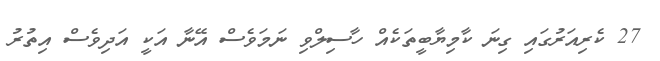
27 ކެރިއަރުގައި ގިނަ ކާމިޔާބީތަކެއް ހާސިލްވި ނަމަވެސް އޭނާ އަކީ އަދިވެސް އިތުރު